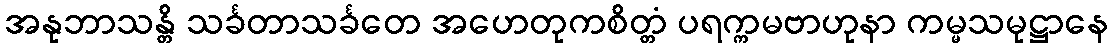
အနုဘာသန္တိ သင်္ခတာသင်္ခတေ အဟေတုကစိတ္တံ ပရက္ကမဗာဟုနာ ကမ္မသမုဋ္ဌာနေ